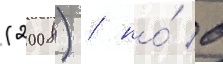
(2008) / но́ в